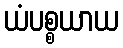
ယံပစ္စယာယ